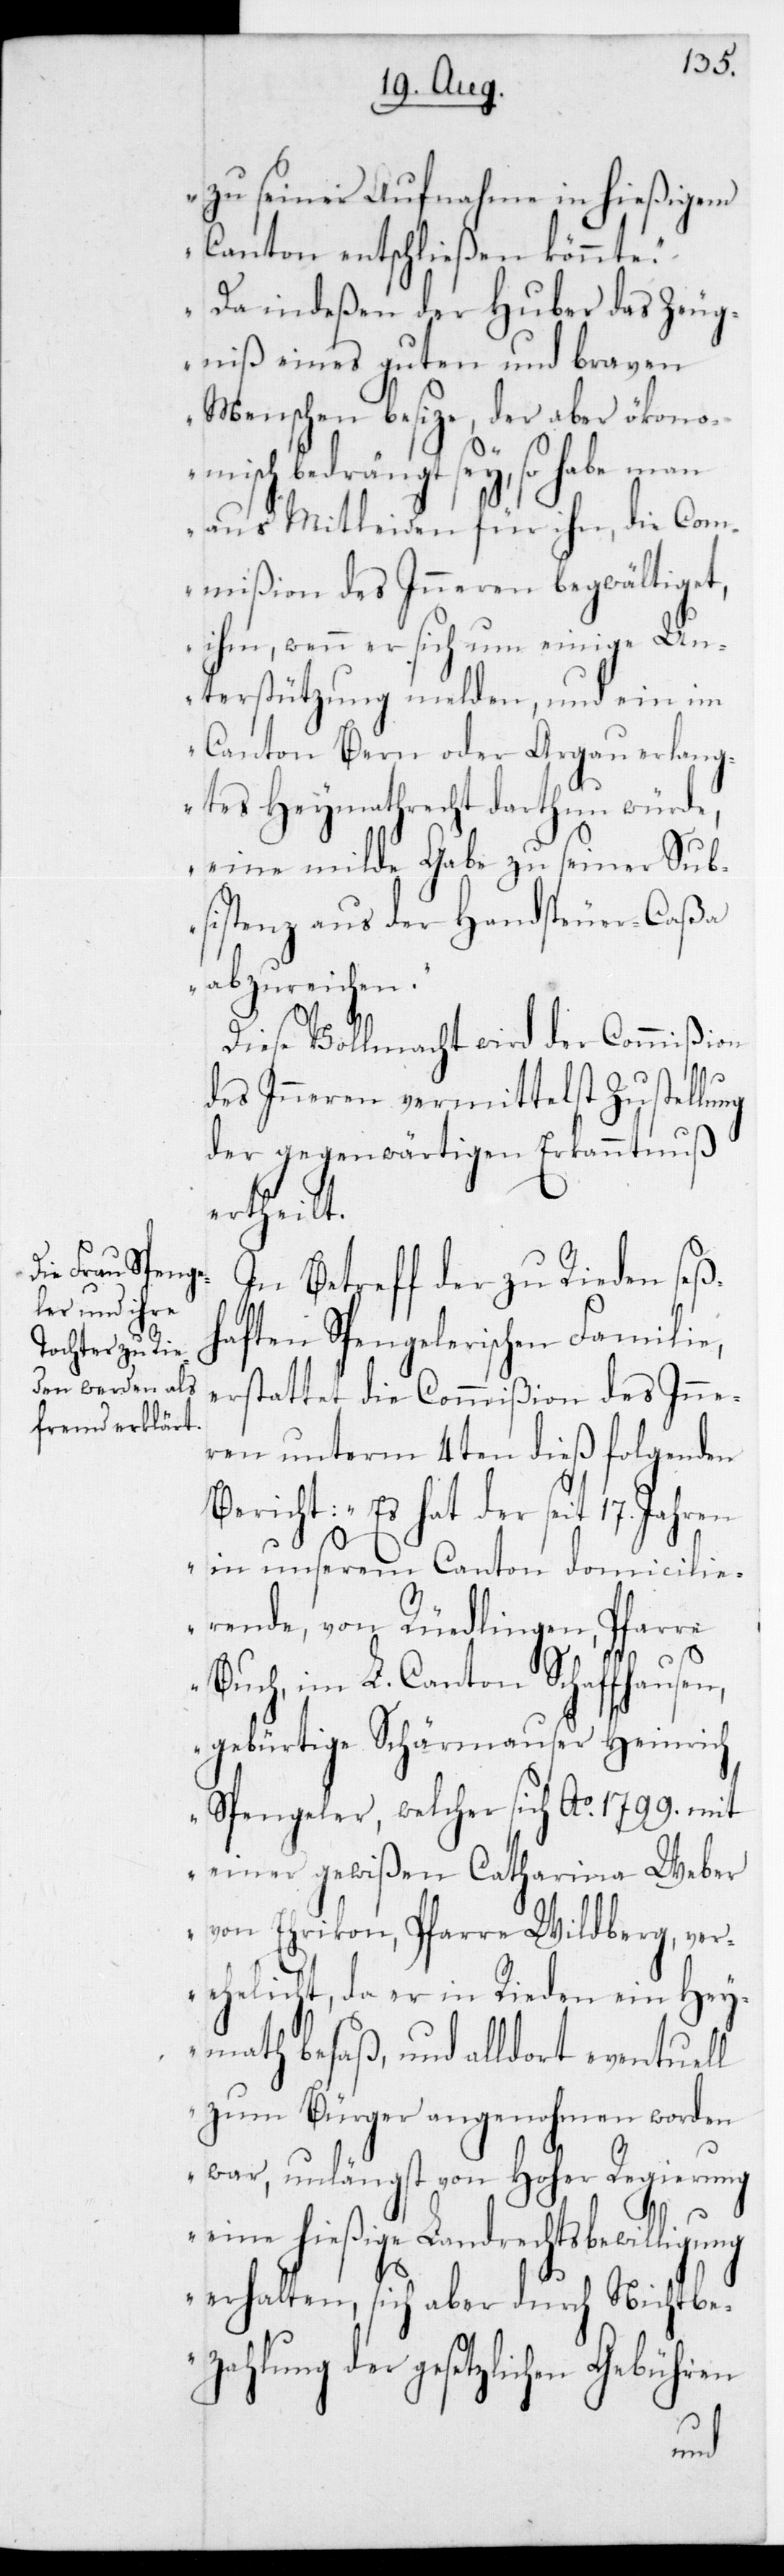
zu seiner Aufnahme in hießigem
Canton entschließen könnte.
Da indeßen der Huber das Zeug¬
niß eines guten und braven
Menschen besize, der aber ökono¬
misch bedrängt sey, so habe man
aus Mitleiden für ihn, die Com¬
mißion des Inneren begwältiget,
ihm, wenn er sich um einige Un¬
terstützung melden, und ein im
Canton Bern oder Argau erlang¬
tes Heymathrecht darthun würde,
eine milde Gabe zu seiner Sub¬
sistenz aus der Handsteuer-Caßa
abzureichen.“
Diese Vollmacht wird der Commißion
des Inneren vermittelst Zustellung
der gegenwärtigen Erkanntnuß
ertheilt.
In Betreff der zu Rieden seß¬
haften Spengelerischen Familie,
erstattet die Commißion des Inne¬
ren unterm 4ten dieß folgenden
Bericht: „Es hat der seit 17 Jahren
in unserem Canton domicilie¬
rende, von Rüedlingen, Pfarre
Buch im L. Canton Schaffhausen,
gebürtige Schärmauser Heinrich
Spengeler, welcher sich Ao 1799 mit
einer gewißen Catharina Weber
von Ehrikon, Pfarre Wildberg, ver¬
ehelicht, da er in Rieden ein Hey¬
math besaß, und alldort eventuell
zum Bürger angenohmen worden
war, unlängst von Hoher Regierung
eine hießige Landrechtsbewillig¬
erhalten, sich aber durch Nichtbe¬
zahlung der gesetzlichen Gebühren
ung